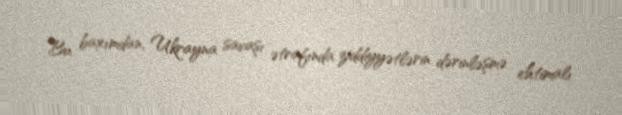
Bu baxımdan, Ukrayna savaşı ətrafında ziddiyyətlərin dərinləşmə ehtimalı